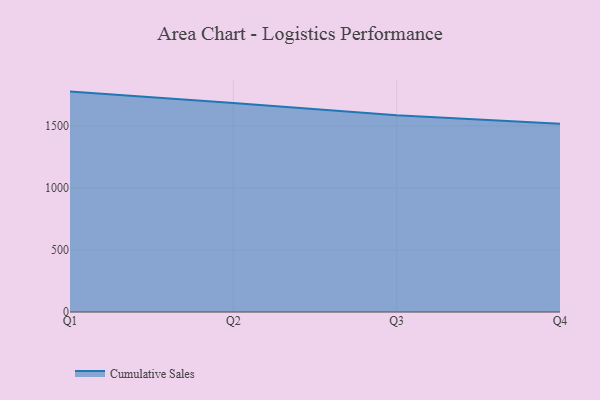
{"axis": {"x": "Quarter", "y": "Energy Usage (MWh)"}, "legend": ["Cumulative Sales"], "data": [{"x": "Q1", "y": 1777.5, "type": "Cumulative Sales"}, {"x": "Q2", "y": 1686.2, "type": "Cumulative Sales"}, {"x": "Q3", "y": 1586.5, "type": "Cumulative Sales"}, {"x": "Q4", "y": 1519.1, "type": "Cumulative Sales"}]}